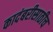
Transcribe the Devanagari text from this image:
कादंबरीसाठीच